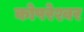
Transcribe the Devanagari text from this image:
कोपरेश्वर